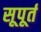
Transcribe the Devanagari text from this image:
सूपूर्त